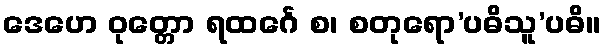
ဒေဟေ ဝုတ္တော ရထင်္ဂေ စ၊ စတုရော’ပဓိသူ’ပဓိ။